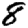
Digit: 8